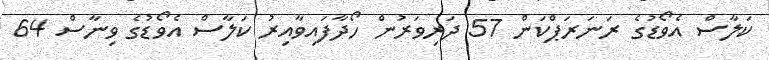
ކަލާސް އެވޯޑުގެ ރަނަރަޕްކަން 57 ދަރިވަރުން ހޯދާފައިވާއިރު ކަލާސް އެވޯޑުގެ ވިނާސް 64